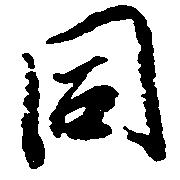
同